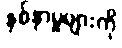
နစ်နာမှုများကို